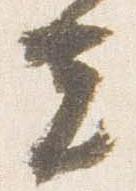
夫